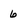
Character: 6